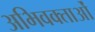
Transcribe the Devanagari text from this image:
अभिवक्ताओं